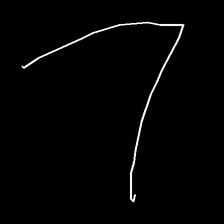
Glyph: region